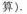
算).